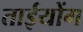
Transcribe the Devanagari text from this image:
ताईयोंग